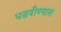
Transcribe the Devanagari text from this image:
घडवीण्यास